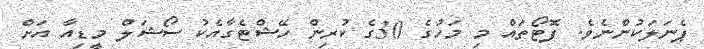
ޕެނަލަކުންނެވެ. ފޮޓޯތައް މި މަހުގެ 30ގެ ކުރިން ހޭޝްޓެގާއެކު ސޯޝަލް މީޑިއާ އަށް